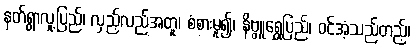
နတ်ရွာလူ့ပြည်၊ လှည့်လည်အတူ၊ စံစားမူ၍၊ နိဗ္ဗူရွှေပြည်၊ ဝင်အံ့သည်တည့်၊